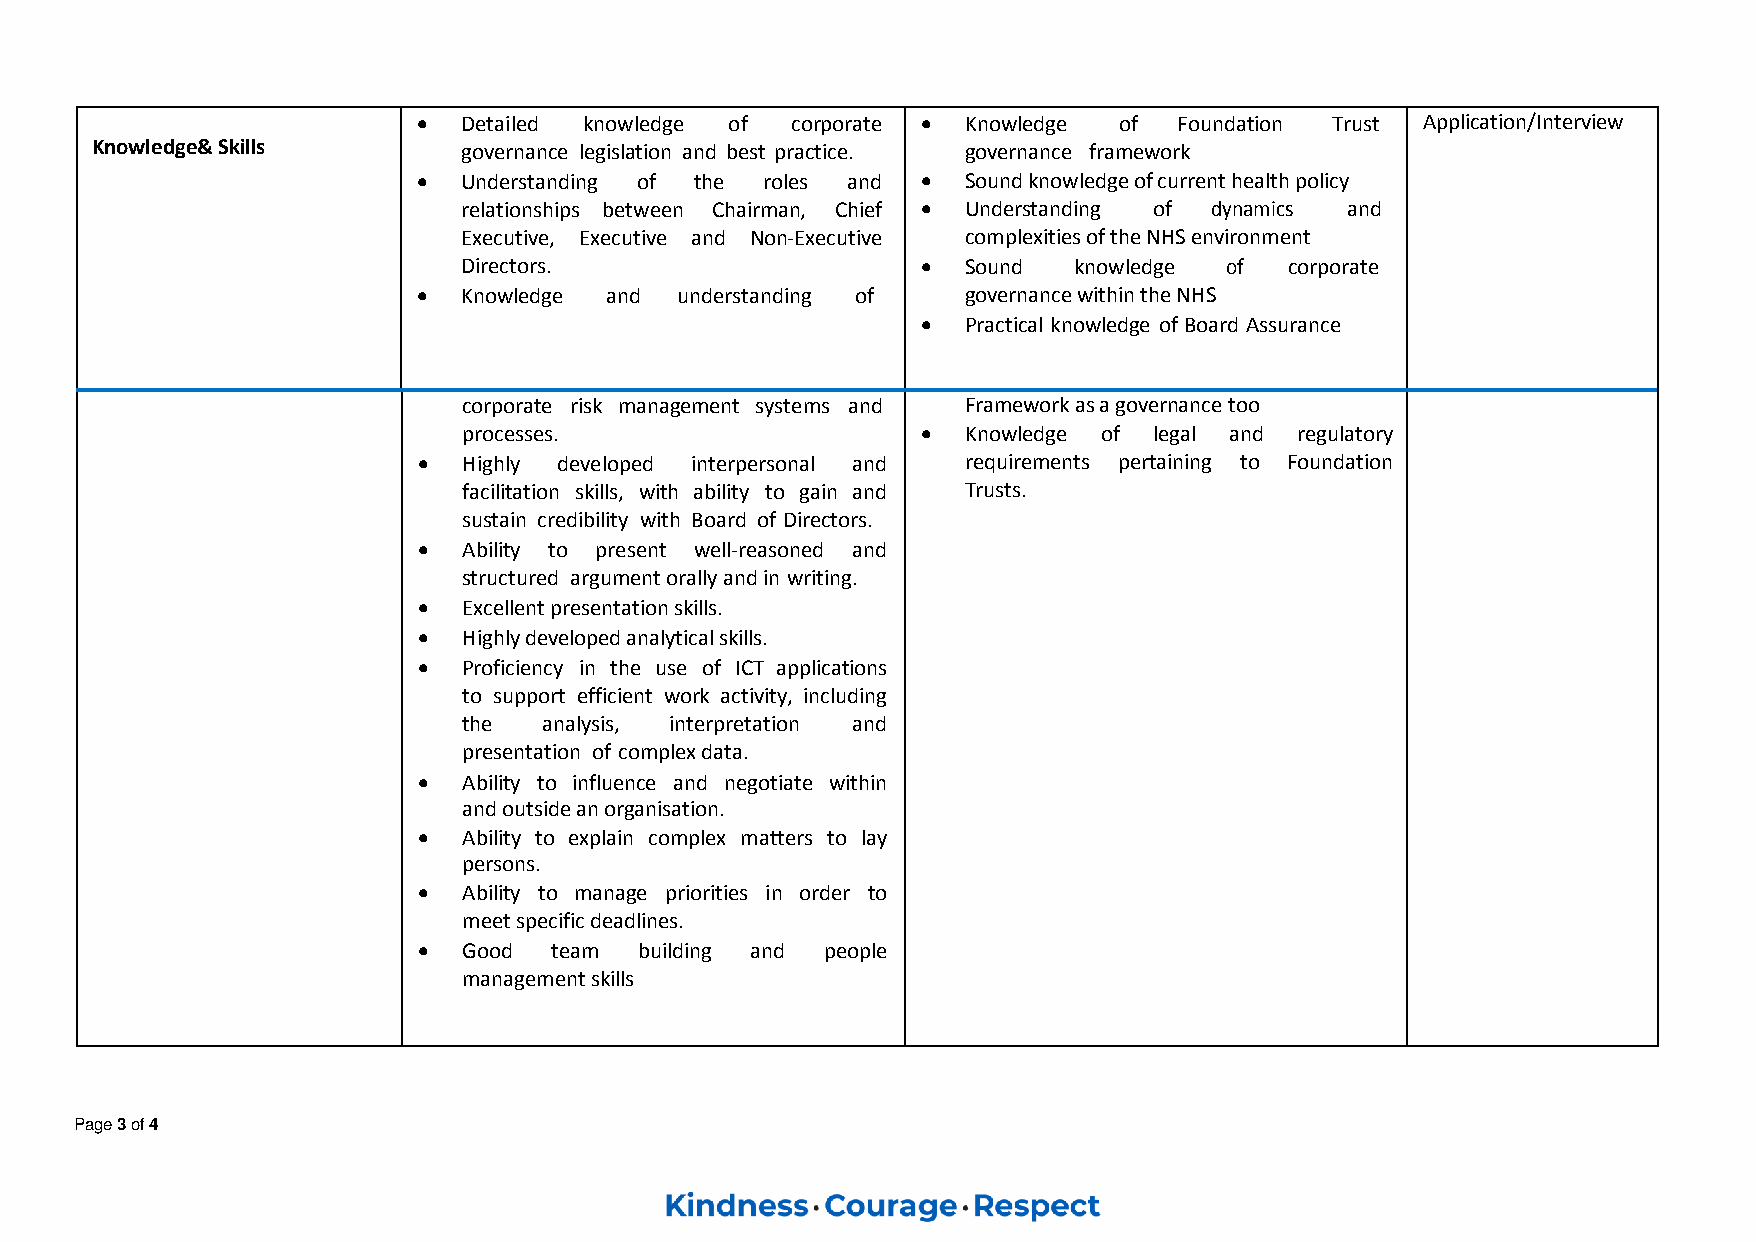
  Detailed knowledge of corporate  Knowledge of Foundation Trust Application/Interview
 Knowledge& Skills        governance legislation and best practice. governance framework
   Understanding of the roles and  Sound knowledge of current health policy
 relationships between Chairman, Chief  Understanding of dynamics and
 Executive, Executive and Non-Executive complexities of the NHS environment
 Directors.                      Sound  knowledge of  corporate
   Knowledge and understanding of   governance within the NHS
   Practical knowledge of Board Assurance
 corporate risk management systems and Framework as a governance too
 processes.                      Knowledge of legal and regulatory
   Highly developed interpersonal and requirements pertaining to Foundation
 facilitation skills, with ability to gain and Trusts.
 sustain credibility with Board of Directors.
   Ability to present well-reasoned and
 structured argument orally and in writing.
   Excellent presentation skills.
   Highly developed analytical skills.
   Proficiency in the use of ICT applications
 to support efficient work activity, including
 the  analysis, interpretation and
 presentation of complex data.
   Ability to influence and negotiate within
 and outside an organisation.
   Ability to explain complex matters to lay
 persons.
   Ability to manage priorities in order to
 meet specific deadlines.
   Good team  building and people
 management skills
 Page 3 of 4